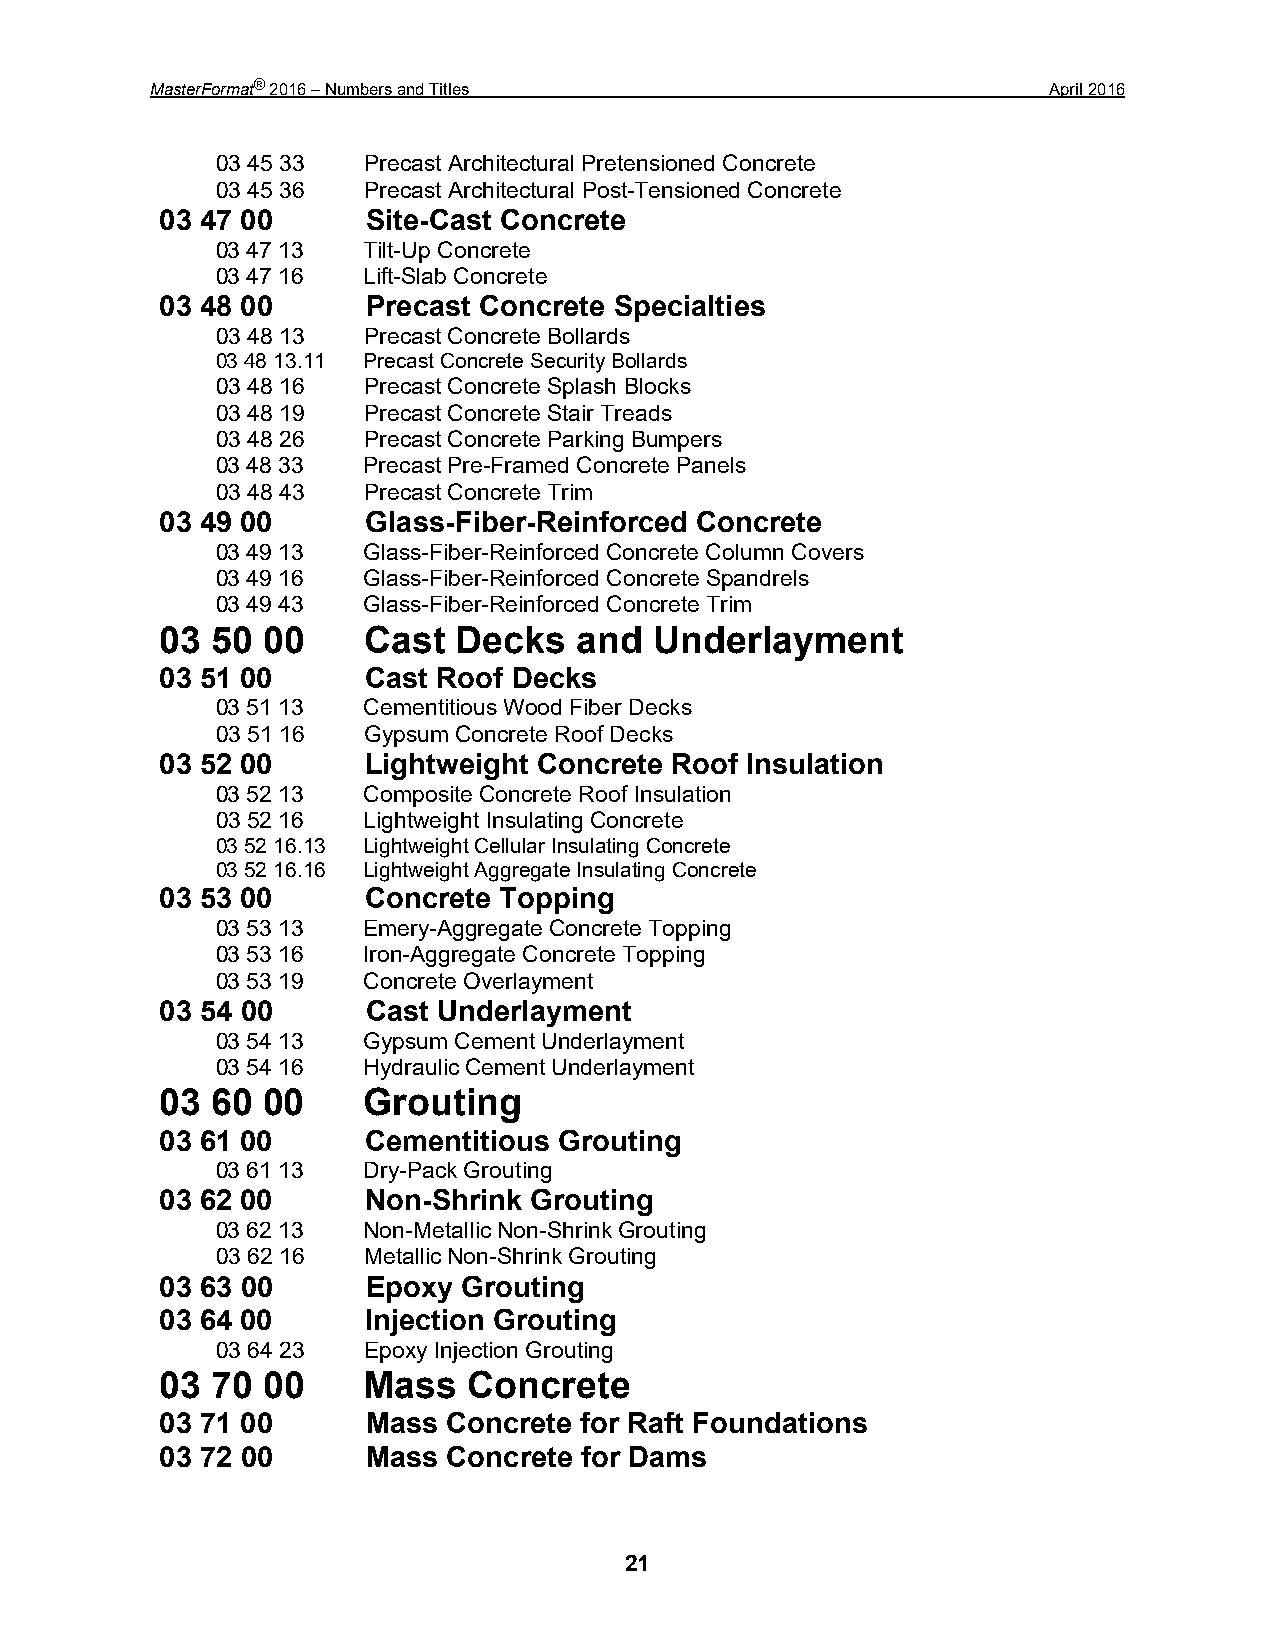
MasterFormat® 2016 – Numbers and Titles                     April 2016
 03 45 33  Precast Architectural Pretensioned Concrete
 03 45 36  Precast Architectural Post-Tensioned Concrete
 03 47 00     Site-Cast Concrete
 03 47 13  Tilt-Up Concrete
 03 47 16  Lift-Slab Concrete
 03 48 00     Precast Concrete Specialties
 03 48 13  Precast Concrete Bollards
 03 48 13.11 Precast Concrete Security Bollards
 03 48 16  Precast Concrete Splash Blocks
 03 48 19  Precast Concrete Stair Treads
 03 48 26  Precast Concrete Parking Bumpers
 03 48 33  Precast Pre-Framed Concrete Panels
 03 48 43  Precast Concrete Trim
 03 49 00     Glass-Fiber-Reinforced Concrete
 03 49 13  Glass-Fiber-Reinforced Concrete Column Covers
 03 49 16  Glass-Fiber-Reinforced Concrete Spandrels
 03 49 43  Glass-Fiber-Reinforced Concrete Trim
 03 50 00     Cast  Decks   and  Underlayment
 03 51 00     Cast Roof Decks
 03 51 13  Cementitious Wood Fiber Decks
 03 51 16  Gypsum Concrete Roof Decks
 03 52 00     Lightweight Concrete Roof Insulation
 03 52 13  Composite Concrete Roof Insulation
 03 52 16  Lightweight Insulating Concrete
 03 52 16.13 Lightweight Cellular Insulating Concrete
 03 52 16.16 Lightweight Aggregate Insulating Concrete
 03 53 00     Concrete Topping
 03 53 13  Emery-Aggregate Concrete Topping
 03 53 16  Iron-Aggregate Concrete Topping
 03 53 19  Concrete Overlayment
 03 54 00     Cast Underlayment
 03 54 13  Gypsum Cement Underlayment
 03 54 16  Hydraulic Cement Underlayment
 03 60 00     Grouting
 03 61 00     Cementitious Grouting
 03 61 13  Dry-Pack Grouting
 03 62 00     Non-Shrink Grouting
 03 62 13  Non-Metallic Non-Shrink Grouting
 03 62 16  Metallic Non-Shrink Grouting
 03 63 00     Epoxy  Grouting
 03 64 00     Injection Grouting
 03 64 23  Epoxy Injection Grouting
 03 70 00     Mass   Concrete
 03 71 00     Mass  Concrete for Raft Foundations
 03 72 00     Mass  Concrete for Dams
 21